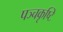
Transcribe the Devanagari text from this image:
पञ्चकृष्टि